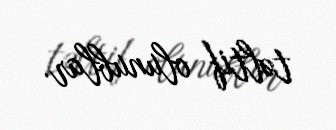
təltif olunublar.